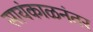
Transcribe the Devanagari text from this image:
सायंकाळनंतर